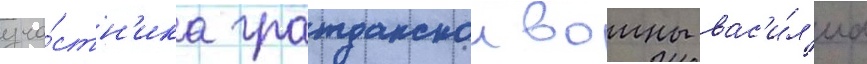
уча́стн'ика гражданскои воины вас'и́л'иа